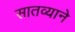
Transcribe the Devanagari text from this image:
सातव्याने